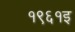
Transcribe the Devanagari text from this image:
१९६१इ